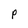
Character: p